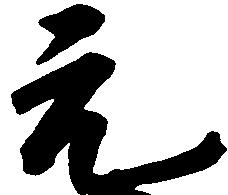
元